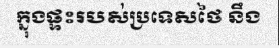
ក្នុងផ្ទះរបស់ប្រទេសថៃ នឹង